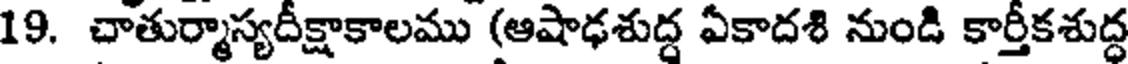
19. చాతుర్మాస్యదీక్షాకాలము (ఆషాఢశుద్ధ ఏకాదశి నుండి కార్తీకశుద్ధ